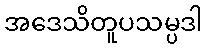
အဒေသိတူပသမ္ပဒါ